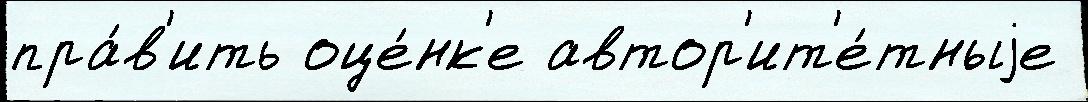
пра́в'ить оце́нк'е автор'ит'е́тныjе